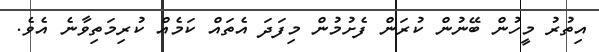
އިތުރު މީހުން ބޭނުން ކުރަން ފެށުމުން މިފަދަ އެތައް ކަމެއް ކުރިމަތިވާނެ އެވެ.